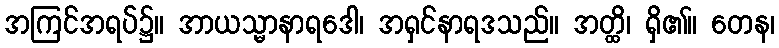
အကြင်အရပ်၌။ အာယသ္မာနာရဒေါ၊ အရှင်နာရဒသည်။ အတ္ထိ၊ ရှိ၏။ တေန၊